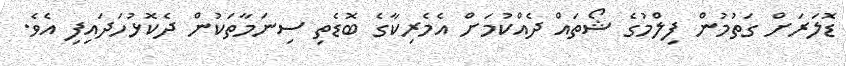
ޑޮލަރަށް ގަތުމުން ފިލްމުގެ ޝޯތައް ދެއްކުމަށް އެމެރިކާގެ ބޮޑެތި ސިނަމާތަކުން ދެކޮޅުހަދައިފި އެވެ.